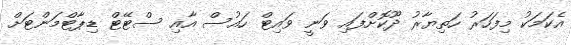
އެކަމަކު މިފަހަރު ހަތިޔާރު ދޫކޮށްފައި ވަނީ ވައިޓް ހައުސް އާއި ސްޓޭޓް ޑިޕާޓްމަންޓަށް